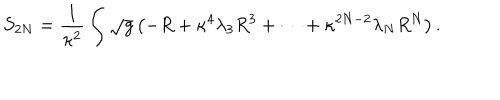
S _ { 2 N } = \frac { 1 } { \kappa ^ { 2 } } \int \sqrt { g } \left( - R + \kappa ^ { 4 } \lambda _ { 3 } R ^ { 3 } + \cdots + \kappa ^ { 2 N - 2 } \lambda _ { N } R ^ { N } \right) .